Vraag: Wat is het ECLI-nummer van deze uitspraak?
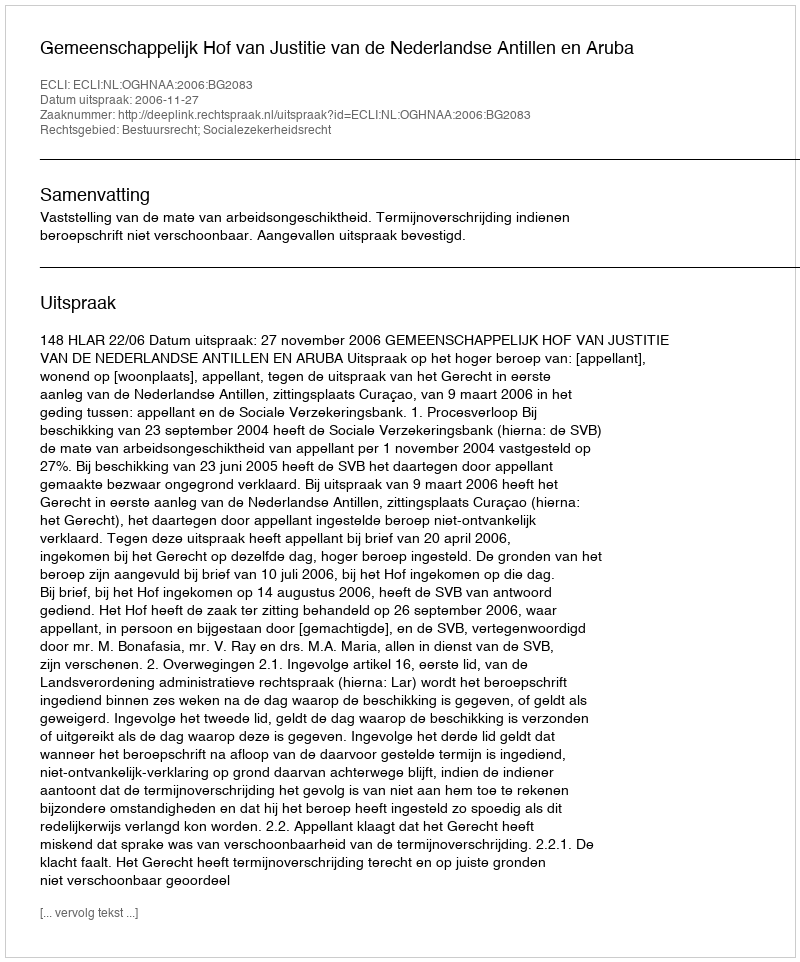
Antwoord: ECLI:NL:OGHNAA:2006:BG2083